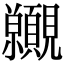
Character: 𧢪